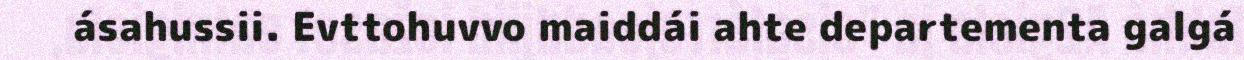
ásahussii. Evttohuvvo maiddái ahte departementa galgá